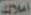
أملاك